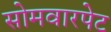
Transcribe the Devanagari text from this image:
सोमवारपेट